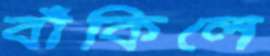
বাঁকিলে